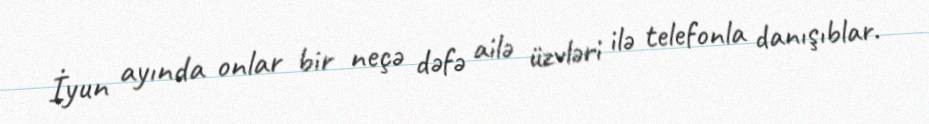
İyun ayında onlar bir neçə dəfə ailə üzvləri ilə telefonla danışıblar.